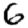
Digit: 6